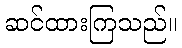
ဆင်ထားကြသည်။